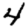
Digit: 4